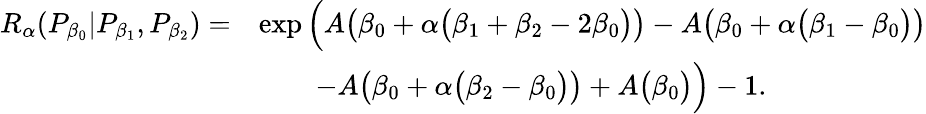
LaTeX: \begin{array}{rl}{{R_{\alpha}}(P_{\beta_{0}}|P_{\beta_{1}},P_{\beta_{2}})=}&{\exp\Big(A\big(\beta_{0}+\alpha\big(\beta_{1}+\beta_{2}-2\beta_{0}\big)\big)-A\big(\beta_{0}+\alpha\big(\beta_{1}-\beta_{0}\big)\big)}\\ &{\quad\quad-A\big(\beta_{0}+\alpha\big(\beta_{2}-\beta_{0}\big)\big)+A\big(\beta_{0}\big)\Big)-1.}\end{array}